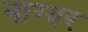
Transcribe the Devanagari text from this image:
माग्यर